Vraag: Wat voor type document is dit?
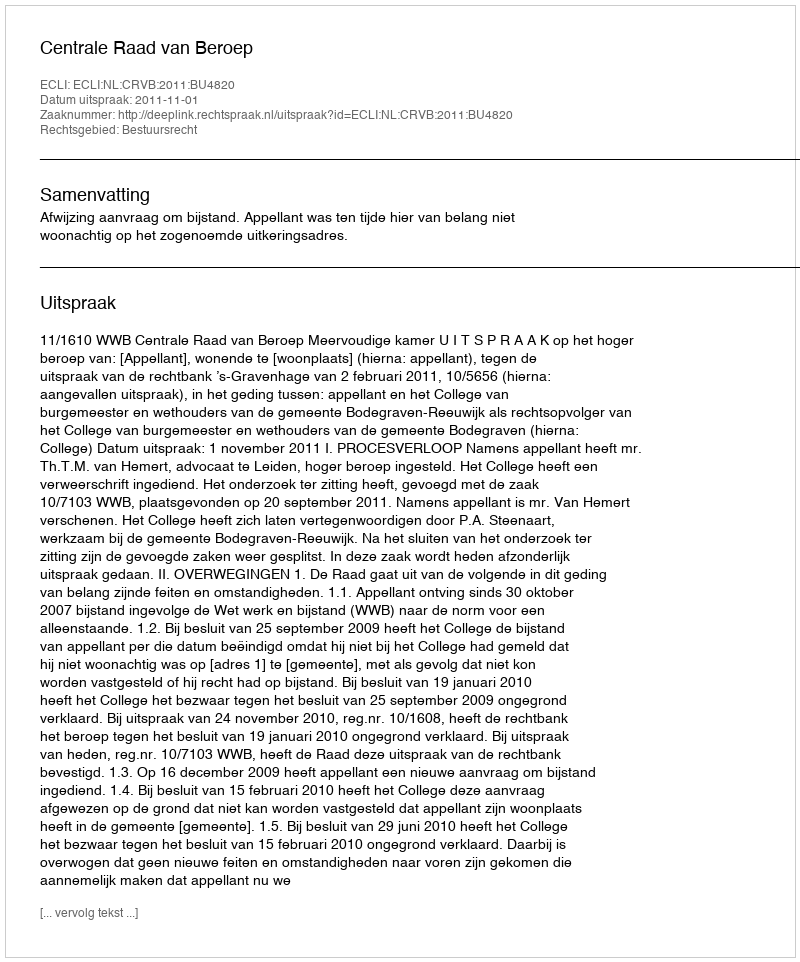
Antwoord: Uitspraak